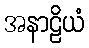
အနာဠိယံ